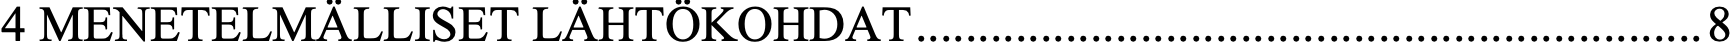
4 MENETELMÄLLISET LÄHTÖKOHDAT  ............................................................... 8